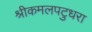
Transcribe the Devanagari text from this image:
श्रीकमलपटुधरा